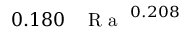
0 . 1 8 0 \, \mathrm { ~ \textit ~ { ~ R ~ a ~ } ~ } ^ { 0 . 2 0 8 }